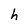
Character: h